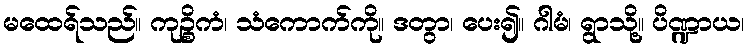
မထေရ်သည်။ ကုဉ္စိကံ၊ သံကောက်ကို။ ဒတွာ၊ ပေး၍။ ဂါမံ၊ ရွာသို့။ ပိဏ္ဍာယ၊